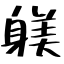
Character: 躾